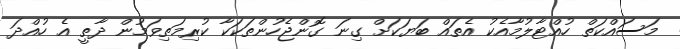
މަސައްކަތް ހުއްޓާލުމާއެކު އެތައް ބަޔަކަށް ގިނަ ގޮންޖެހުންތަކަކާ ކުރިމަތިވަމުން ދާތީ އެ ހުއްދަ